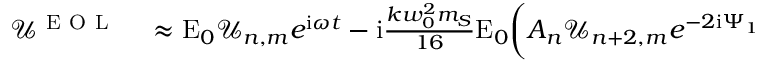
\begin{array} { r l } { \mathcal { U } ^ { \mathrm { ~ E ~ O ~ L ~ } } } & { { } \approx \mathrm { E } _ { 0 } \mathcal { U } _ { n , m } e ^ { \mathrm { i } \omega t } - \mathrm { i } \frac { k w _ { 0 } ^ { 2 } m _ { S } } { 1 6 } \mathrm { E } _ { 0 } \bigg ( A _ { n } \mathcal { U } _ { n + 2 , m } e ^ { - 2 \mathrm { i } \Psi _ { 1 } } } \end{array}